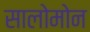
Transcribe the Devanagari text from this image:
सालोमोन